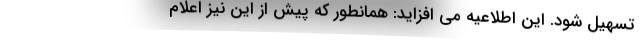
تسهیل شود. این اطلاعیه می افزاید: همانطور که پیش از این نیز اعلام